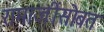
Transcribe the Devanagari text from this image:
रामाजींसोबत